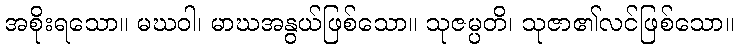
အစိုးရသော။ မဃဝါ၊ မာဃအနွယ်ဖြစ်သော။ သုဇမ္ပတိ၊ သုဇာ၏လင်ဖြစ်သော။